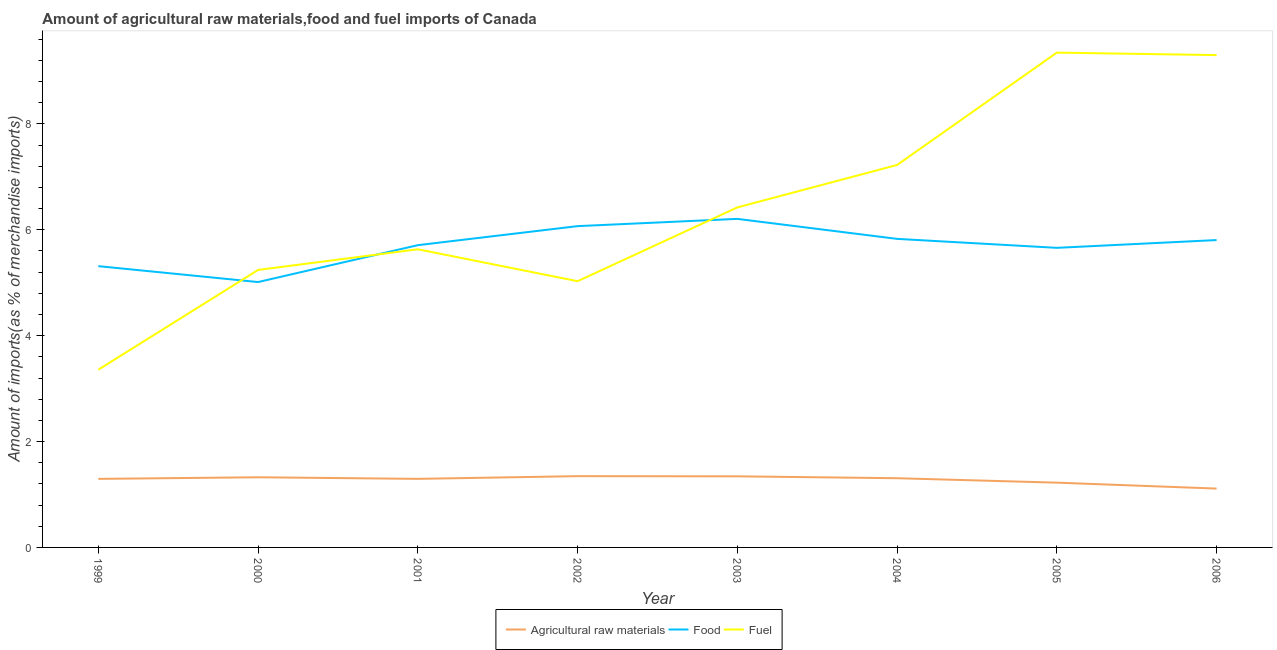
| Year | Agricultural raw materials | Food | Fuel |
 | --- | --- | --- | --- |
 | 1999 | 1.29 | 5.31 | 3.36 |
 | 2000 | 1.33 | 5.01 | 5.24 |
 | 2001 | 1.3 | 5.71 | 5.63 |
 | 2002 | 1.35 | 6.07 | 5.03 |
 | 2003 | 1.34 | 6.21 | 6.42 |
 | 2004 | 1.31 | 5.83 | 7.22 |
 | 2005 | 1.22 | 5.66 | 9.35 |
 | 2006 | 1.11 | 5.81 | 9.3 |